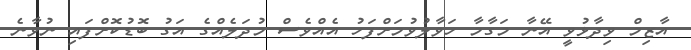
އާޒިމް ވިދާޅުވީ އޭނާ މަގާމާ ހަވާލުވުމަށްފަހު އެއްވެސް މުދަލެއްގެ އަގު ބޮޑުކޮށްފައި ނުވާނެ